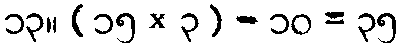
၁၃။ (၁၅ × ၃) - ၁၀ = ၃၅